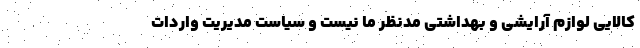
کالایی لوازم آرایشی و بهداشتی مدنظر ما نیست و سیاست مدیریت واردات